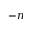
- \boldsymbol { n }